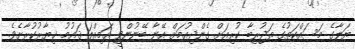
ޔަލާގެ މަސައްކަތުގެ ތަޖުރިބާ ކުރިއަށް ގެންދިއުމަށް އޭނާ ބޭނުންވީ އަމިއްލަ ޤައުމު ޚިޔާރުކުރާށެވެ.